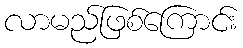
လာမည်ဖြစ်ကြောင်း